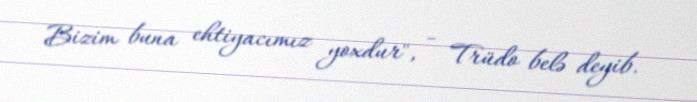
Bizim buna ehtiyacımız yoxdur", - Trüdo belə deyib.